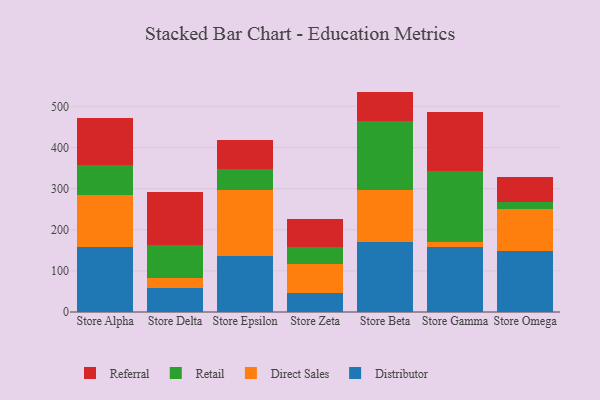
{"axis": {"x": "Store", "y": "Budget (USD K)"}, "legend": ["Direct Sales", "Distributor", "Referral", "Retail"], "data": [{"x": "Store Alpha", "y": 158.3, "type": "Distributor"}, {"x": "Store Alpha", "y": 125.7, "type": "Direct Sales"}, {"x": "Store Alpha", "y": 73.7, "type": "Retail"}, {"x": "Store Alpha", "y": 113.6, "type": "Referral"}, {"x": "Store Delta", "y": 59.5, "type": "Distributor"}, {"x": "Store Delta", "y": 23.5, "type": "Direct Sales"}, {"x": "Store Delta", "y": 79.9, "type": "Retail"}, {"x": "Store Delta", "y": 128.0, "type": "Referral"}, {"x": "Store Epsilon", "y": 135.5, "type": "Distributor"}, {"x": "Store Epsilon", "y": 160.7, "type": "Direct Sales"}, {"x": "Store Epsilon", "y": 51.6, "type": "Retail"}, {"x": "Store Epsilon", "y": 71.0, "type": "Referral"}, {"x": "Store Zeta", "y": 46.4, "type": "Distributor"}, {"x": "Store Zeta", "y": 69.9, "type": "Direct Sales"}, {"x": "Store Zeta", "y": 41.5, "type": "Retail"}, {"x": "Store Zeta", "y": 67.7, "type": "Referral"}, {"x": "Store Beta", "y": 170.6, "type": "Distributor"}, {"x": "Store Beta", "y": 126.4, "type": "Direct Sales"}, {"x": "Store Beta", "y": 168.5, "type": "Retail"}, {"x": "Store Beta", "y": 70.5, "type": "Referral"}, {"x": "Store Gamma", "y": 158.5, "type": "Distributor"}, {"x": "Store Gamma", "y": 11.3, "type": "Direct Sales"}, {"x": "Store Gamma", "y": 173.9, "type": "Retail"}, {"x": "Store Gamma", "y": 141.9, "type": "Referral"}, {"x": "Store Omega", "y": 147.8, "type": "Distributor"}, {"x": "Store Omega", "y": 103.3, "type": "Direct Sales"}, {"x": "Store Omega", "y": 15.7, "type": "Retail"}, {"x": "Store Omega", "y": 62.3, "type": "Referral"}]}